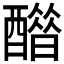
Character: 𨣋